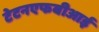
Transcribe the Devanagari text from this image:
टेटनएफबीआई